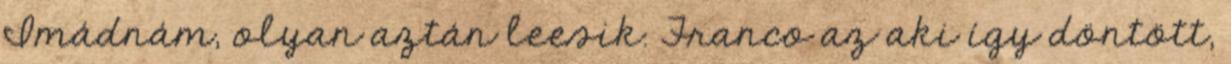
Imádnám, olyan aztán leesik. Franco az aki így döntött,